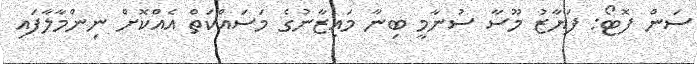
ސަން ފޮޓޯ: ފަޔާޒު މޫސާ ސުނާމީ ބިނާ މައިޒާނުގެ މަސައްކަތް އެއްކޮށް ނިންމާލާފައި